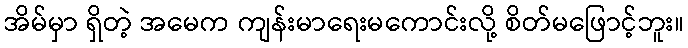
အိမ်မှာ ရှိတဲ့ အမေက ကျန်းမာရေးမကောင်းလို့ စိတ်မဖြောင့်ဘူး။